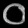
Digit: ၀